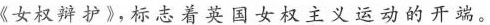
《女权辩护》，标志着英国女权主义运动的开端。